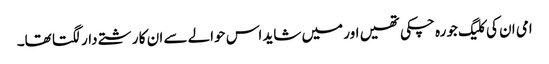
امی ان کی کلیگ جو رہ چکی تھیں اور میں شاید اس حوالے سے ان کا رشتے دار لگتا تھا۔